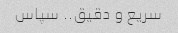
سریع و دقیق.. سپاس